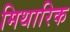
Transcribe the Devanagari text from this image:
मिथारिक